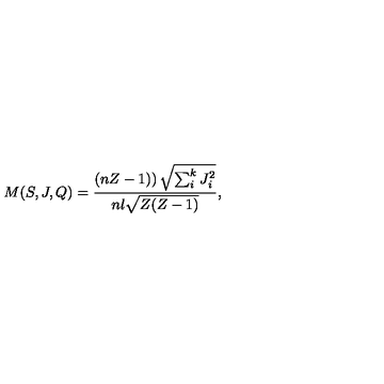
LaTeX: M ( S , J , Q ) = \frac { \left( n Z - 1 ) \right) \sqrt { \sum _ { i } ^ { k } J _ { i } ^ { 2 } } } { n l \sqrt { Z ( Z - 1 ) } } ,